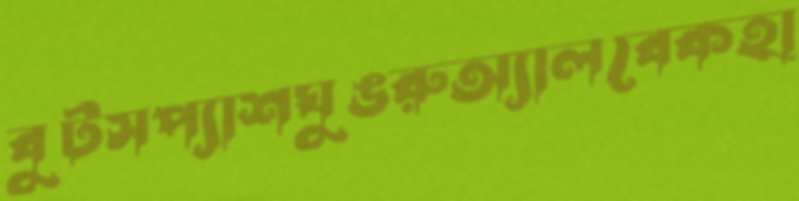
বুটসপ্যাশঘুঙরুঅ্যালবেকহা